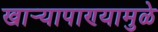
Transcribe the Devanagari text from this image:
खार्‍यापाण्यामुळे